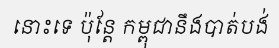
នោះទេ ប៉ុន្តែ កម្ពុជានឹងបាត់បង់